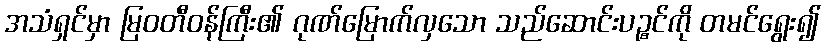
အသံရှင်မှာ မြဝတီဝန်ကြီး၏ ဂုဏ်မြောက်လှသော သည်ဆောင်းပဉ္စင်ကို တမင်ရွေး၍